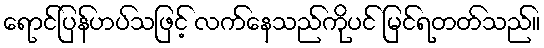
ရောင်ပြန်ဟပ်သဖြင့် လက်နေသည်ကိုပင် မြင်ရတတ်သည်။